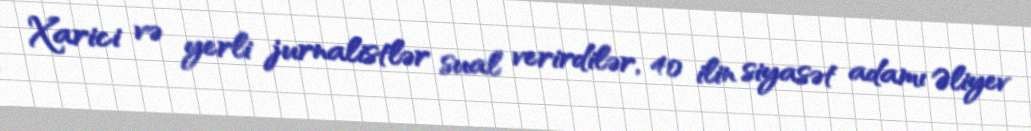
Xarici və yerli jurnalistlər sual verirdilər, 40 ilin siyasət adamı Əliyev